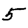
Digit: 5